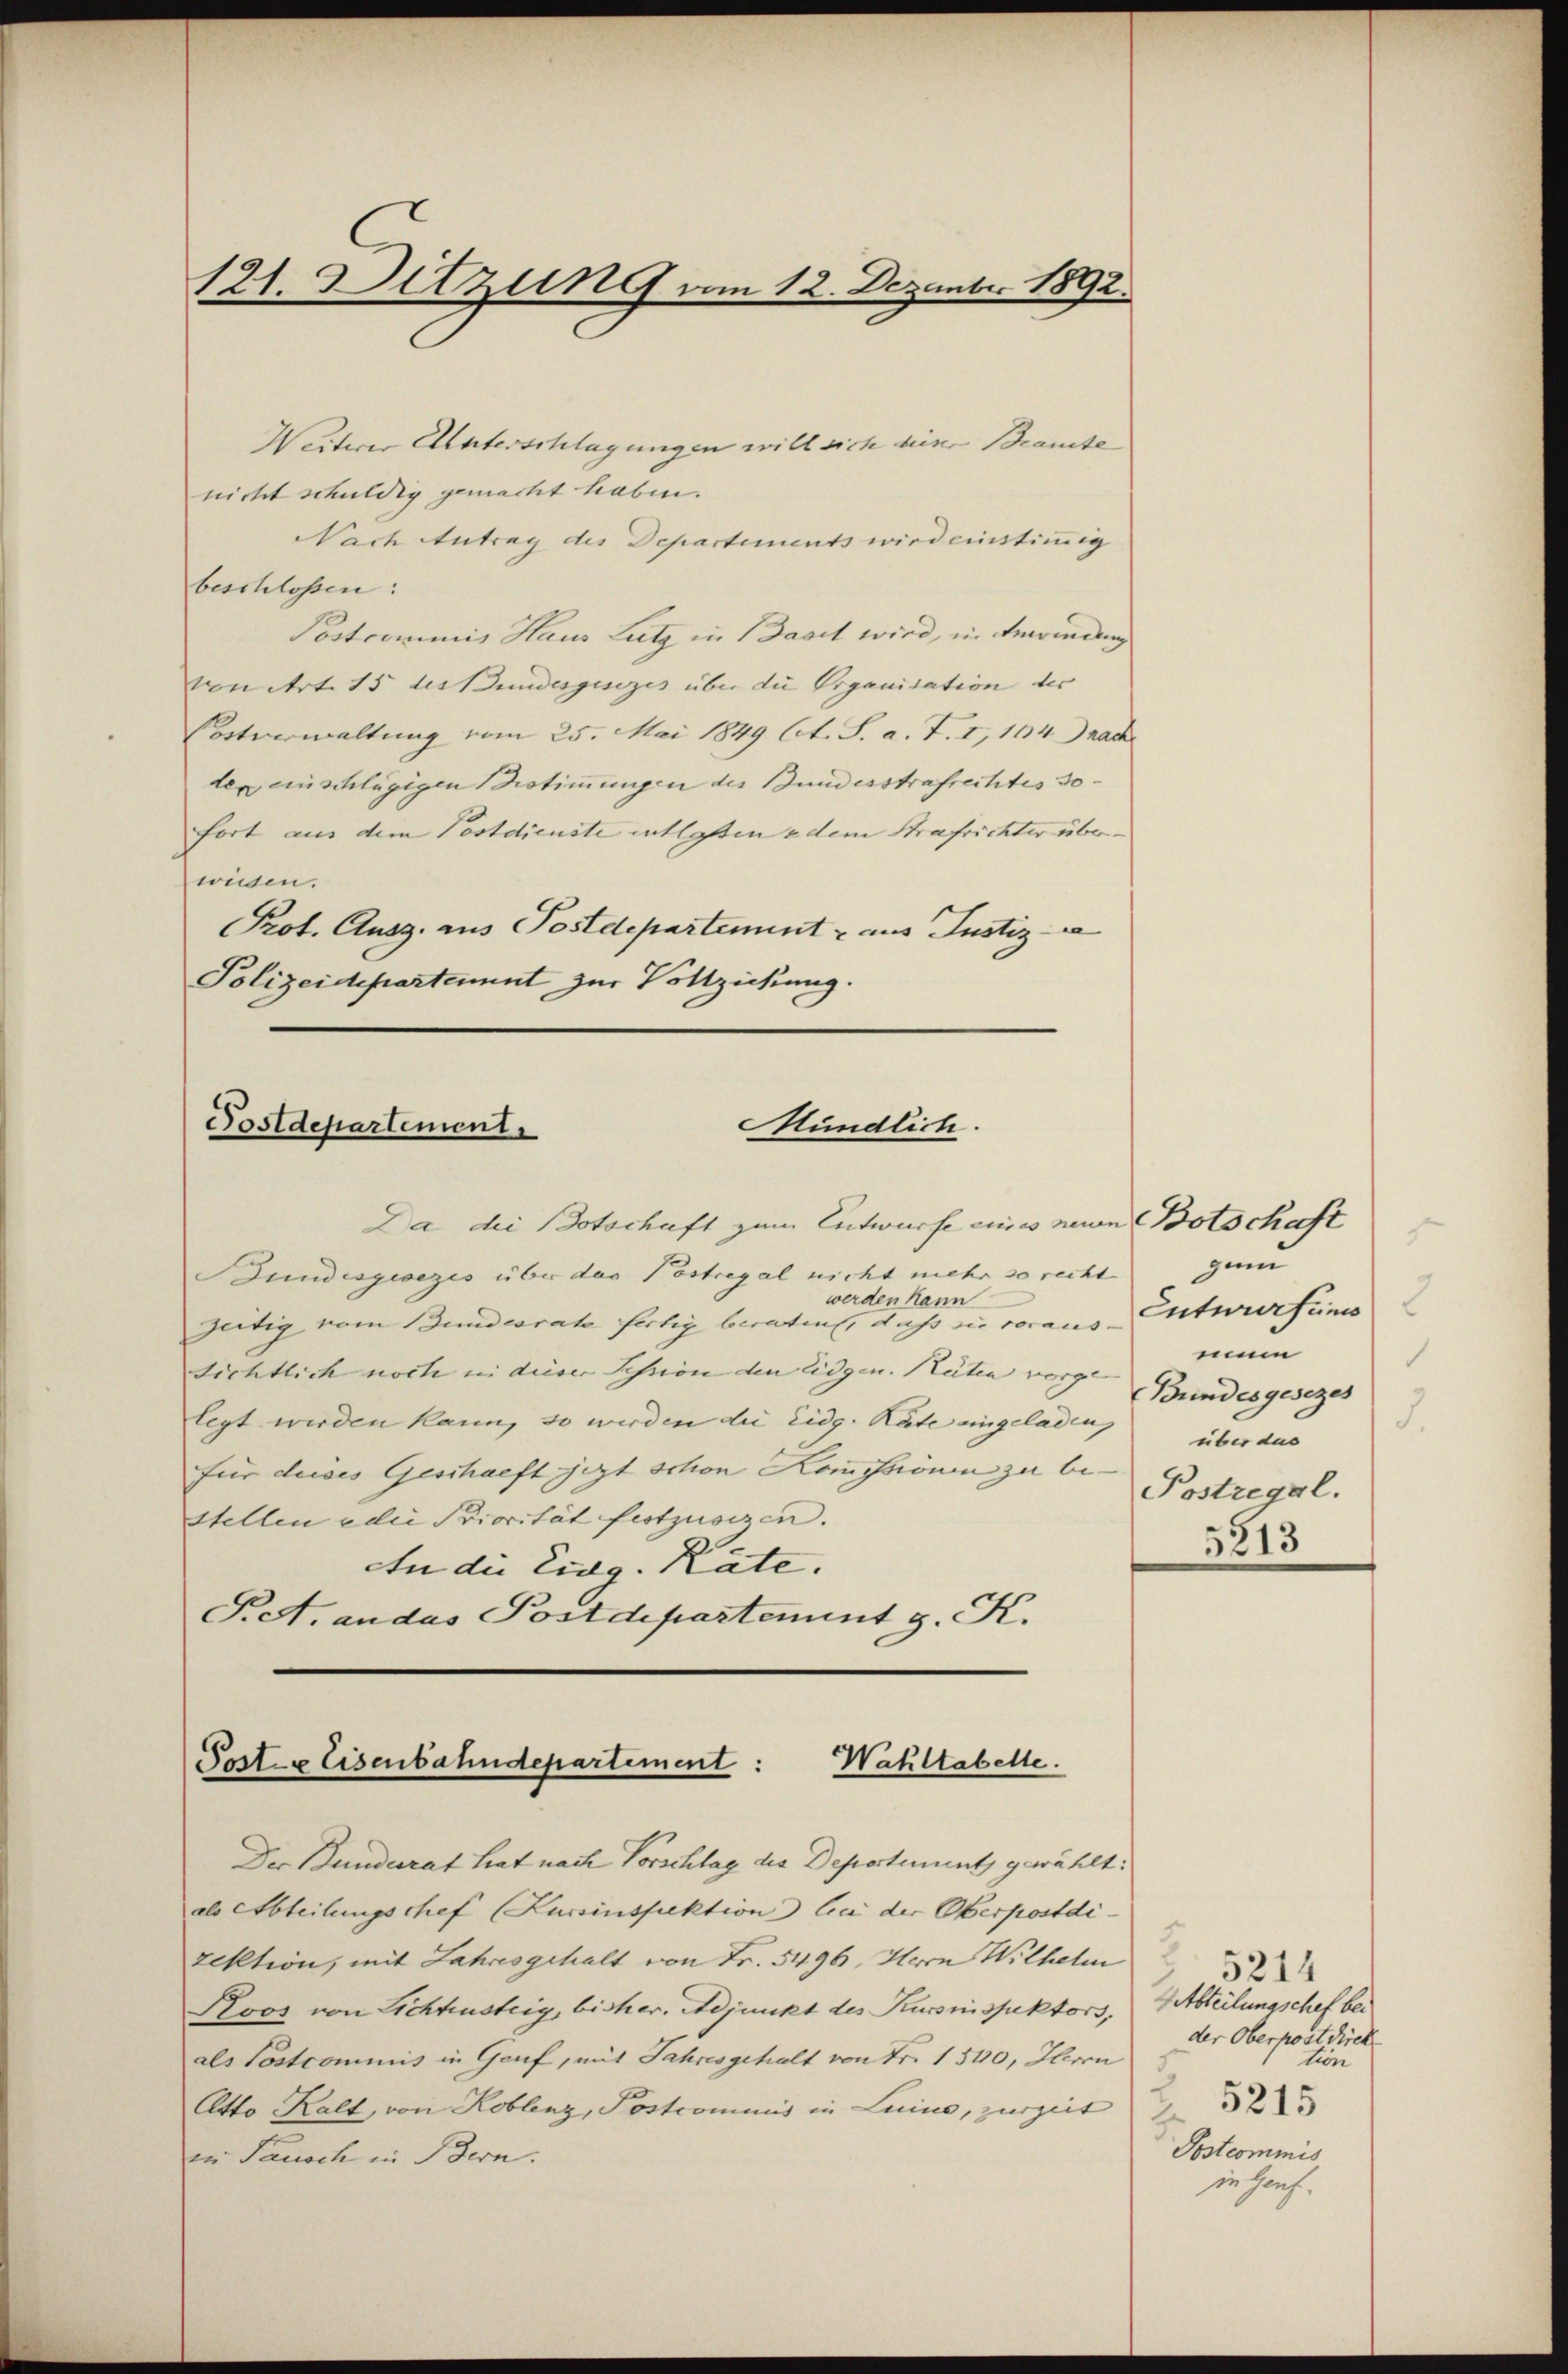
121. Ditzung am 12. Dezember 1892.

Weiterer Unterschlagungen will sich dieser Braute
nicht schuldig gemacht haben.
Nach Antrag des Departements wird einstimmig
beschlossen:
Postcommis Haus Lutz in Basel wird, in Anwendung
voniert 15 des Bundesgesezes über die Organisation der
Cortverwaltung vom 25. Mai 1849 lit. S. a. T. I, 104 nach
der einschlägigen Bestimmungen des Bundesstrafrechtes 30
fort aus dem Postdienste entlassen & dem Strafrichter überwiesen.
Prot. Ausg. aus Postdepartement u aus Justiz-
Polizeidepartement zur Vollziehung.

Mündlich.
Postdepartement

Wahltabelle.
Post- & Eisenbahndepartement:

Bundesgesezes über das Postregal nicht mehr so recht
zeitig vom Bundesrate fertig beratent, dass sie voraus-
sichtlich noch in dieser Session den Eidgen. Räten vorge Bundesgesezes
legt werden kann, so werden die Eidg. Räte eingeladen,
für dieses Geschaeft jezt schon Kommissionen zu 6 Bestregal.
Stellen edii Priorität festzusezen.
An der Eidg. Kate.
P.A. andas Postdepartement z. K.

Da die Botschaft zum Entwurfe eines neuen Botschaft
werden kann

Der Bunderat hat nach Vorschlag die Departement gewählt:
als Abteilungschef (Lussinspektion bei der Oberpostdi
zektion, mit Jahres gehalt von Fr. 5496. Herrn Wilhelm
Kloos von Lichtusteig, bisher. Adjunkt des Kursnispektors, Abteilungschef bei
als Postcommis in Genf, mit Jahresgehalt von Fr. 1540, Herrn
Otto Kalt, von Koblenz, Postcommis in Leine, zurzeit 23
in Pausch in Bern.

5
ge
Entwurfens
mum
.
5
über das
5313

der Oberpostdirek
tin
Postcommis
in Hanf¬